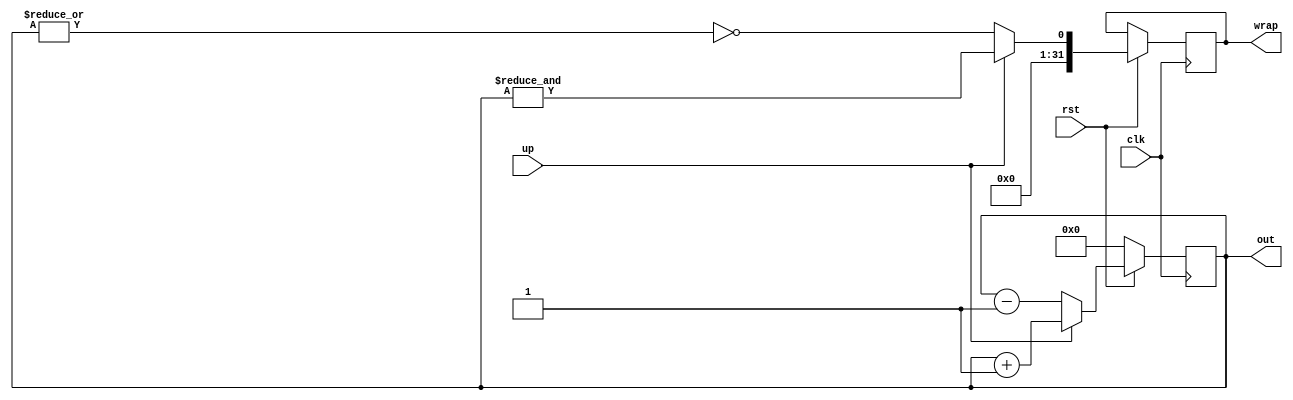


module counter(clk, rst, up, out, wrap);
	parameter BITS=32;
	
	input wire clk, rst, up;
	output reg [BITS - 1:0] out, wrap;
		
	always @ (posedge clk) begin
		if(!rst)
			out <= 0;
		else begin
			if(up) begin
				out <= out + 1;
				wrap <= &out;
			end else begin
				out <= out - 1;
				wrap <= !(|out);
			end
		end
	end
	
endmodule